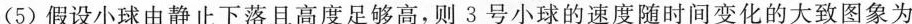
(5)假设小球由静止下落且高度足够高，则3号小球的速度随时间变化的大致图象为